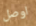
اوصل